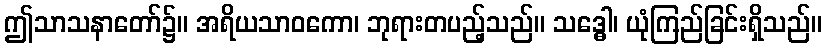
ဤသာသနာတော်၌။ အရိယသာဝကော၊ ဘုရားတပည့်သည်။ သဒ္ဓေါ၊ ယုံကြည်ခြင်းရှိသည်။